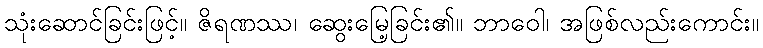
သုံးဆောင်ခြင်းဖြင့်။ ဇိရဏဿ၊ ဆွေးမြေ့ခြင်း၏။ ဘာဝေါ၊ အဖြစ်လည်းကောင်း။